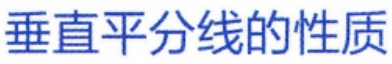
垂直平分线的性质